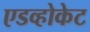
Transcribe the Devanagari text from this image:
एडव्होकेट